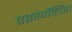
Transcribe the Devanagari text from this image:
एक्रोपॉलिश